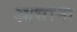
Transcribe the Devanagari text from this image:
आसाना